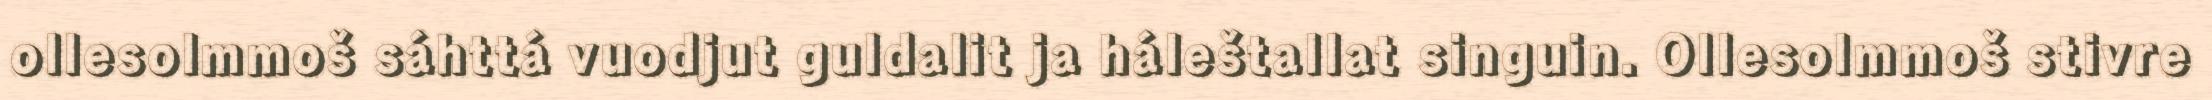
ollesolmmoš sáhttá vuodjut guldalit ja háleštallat singuin. Ollesolmmoš stivre